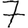
Digit: 7